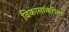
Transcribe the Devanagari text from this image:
विकासाकरीता